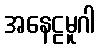
အနေဠမူဂါ